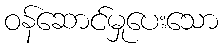
ဝန်ဆောင်မှုပေးသော